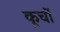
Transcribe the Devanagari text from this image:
कूर्चो